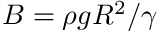
B = \rho g R ^ { 2 } / \gamma